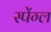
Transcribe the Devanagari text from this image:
स्पेंग्ल